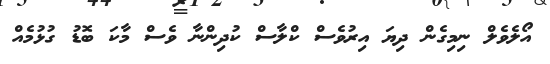
އޯލެވެލް ނިމިގެން ދިޔަ އިރުވެސް ކްލާސް ކުދިންނާ ވެސް މާކަ ބޮޑު ގުޅުމެއް